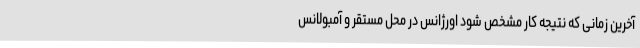
آخرین زمانی که نتیجه کار مشخص شود اورژانس در محل مستقر و آمبولانس